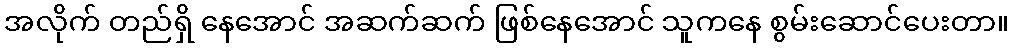
အလိုက် တည်ရှိ နေအောင် အဆက်ဆက် ဖြစ်နေအောင် သူကနေ စွမ်းဆောင်ပေးတာ။